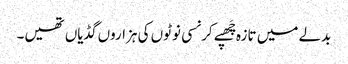
بدلے میں تازہ چَھپے کرنسی نوٹوں کی ہزاروں گڈیاں تھیں۔